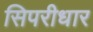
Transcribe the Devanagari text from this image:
सिपरीधार